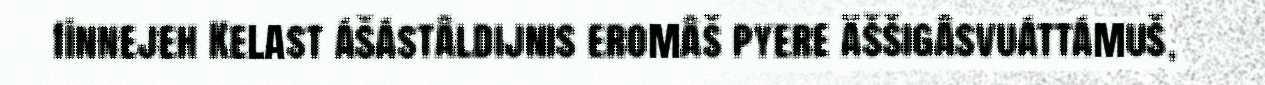
finnejeh Kelast ášástâldijnis eromâš pyere äššigâsvuáttámuš,